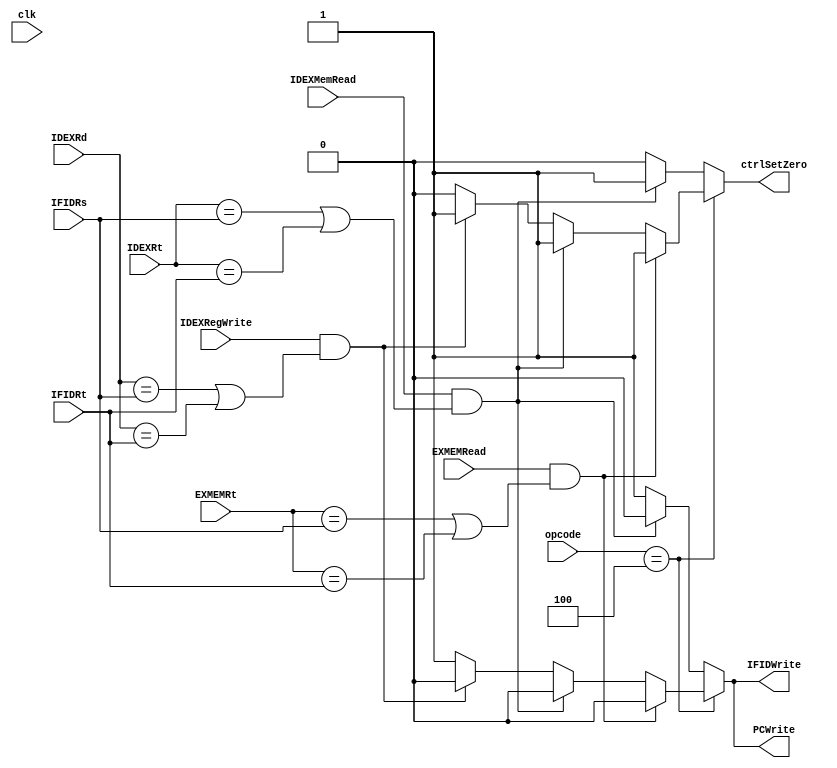
module HazardCheckUnit(IDEXMemRead,IDEXRt,IFIDRs,IFIDRt,PCWrite,IFIDWrite,ctrlSetZero,IDEXRd,IDEXRegWrite,opcode,EXMEMRead,EXMEMRt,clk);
	input[4:0] IDEXRt,IFIDRt,IFIDRs,IDEXRd,EXMEMRt;
	input IDEXMemRead,IDEXRegWrite,EXMEMRead;
	input[5:0] opcode;
	input clk;
	output PCWrite,IFIDWrite,ctrlSetZero;
	reg PCWrite,IFIDWrite,ctrlSetZero;
	initial
	begin
		PCWrite<=1;
		IFIDWrite<=1;
		ctrlSetZero<=0;
	end
	always @(opcode or IDEXMemRead or IDEXRt or IFIDRs or IFIDRt or IDEXRd or IDEXRegWrite or  clk) begin
		if(opcode==6'b000100)begin
			if(IDEXMemRead && ((IDEXRt==IFIDRs) || (IDEXRt==IFIDRt))) begin
				PCWrite<=0;
				IFIDWrite<=0;
				ctrlSetZero<=1;
			end
			else if(IDEXRegWrite && ((IDEXRd==IFIDRs) || (IDEXRd==IFIDRt)))begin
				PCWrite<=0;
				IFIDWrite<=0;
				ctrlSetZero<=1;
			end
			else begin
				PCWrite<=1;
				IFIDWrite<=1;
				ctrlSetZero<=0;
			end
			if(EXMEMRead && ((EXMEMRt==IFIDRs) || (EXMEMRt==IFIDRt)))begin
				PCWrite<=0;
				IFIDWrite<=0;
				ctrlSetZero<=1;
			end
		end
		else begin
			if(IDEXMemRead && ((IDEXRt==IFIDRs) || (IDEXRt==IFIDRt))) begin
				PCWrite<=0;
				IFIDWrite<=0;
				ctrlSetZero<=1;
			end
			else begin
				PCWrite<=1;
				IFIDWrite<=1;
				ctrlSetZero<=0;
			end
		end
	end
endmodule